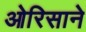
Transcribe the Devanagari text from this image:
ओरिसाने